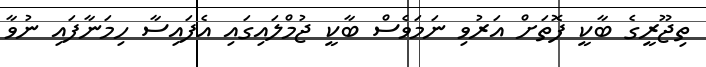
ތިޖޫރީގެ ބާކީ ފޮތަށް އަރުވި ނަމަވެސް ބާކީ ޖުމްލައިގައި އެފައިސާ ހިމަނާފައި ނުވާ